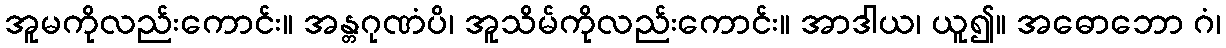
အူမကိုလည်းကောင်း။ အန္တဂုဏံပိ၊ အူသိမ်ကိုလည်းကောင်း။ အာဒါယ၊ ယူ၍။ အဓောဘော ဂံ၊